Annual report of the Punjab Veterinary College and of the Civil Veterinary Department, Punjab - 1894-1908
Year: 1894
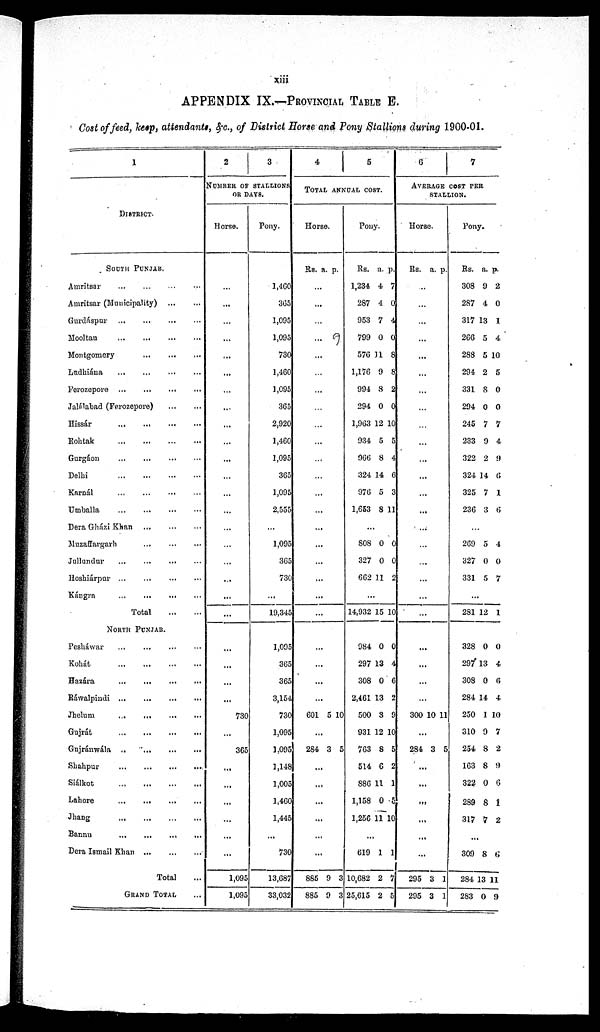
xiii
APPENDIX IX.—PROVINCIAL TABLE E.
Cost of feed, keep, attendants, &c., of District Horse and Pony Stallions during 1900-01.
1
DISTRICT.
SOUTH PUNJAB.
Amritsar
...
...
...
...
Amritsar (Municipality)
...
...
Gurdáspur
...
...
...
...
Mooltan
...
...
...
...
Montgomery ... ... ...
Ludhiána
...
...
...
...
Ferozepore ... ... ... ...
Jalálabad (Ferozepore)
...
...
Hissár
...
...
...
...
Rohtak
...
...
...
...
Gurgáon
...
...
...
...
Delhi
...
...
...
...
Karnál
...
...
...
...
Umballa
...
...
...
...
Dera Gházi Khan ... ... ...
Muzaffargarh
...
...
...
Jallandur
...
...
...
...
Hoshiárpur ... ... ... ...
Kángra
...
...
...
...
Total
...
...
NORTH PUNJAB.
Pesháwar ... ... ... ...
Kohát
...
...
...
...
Hazára
...
...
...
...
Ráwalpindi
...
...
...
...
Jhelum
...
...
...
...
Gujrát
...
...
...
...
Gujránwála
..
...
...
...
Shahpur
...
...
...
...
Siálkot,
...
...
...
...
Lahore
... ... ... ...
Jhang ... ... ... ...
Bannu
...
...
...
...
Dera Ismail Khan
...
...
...
Total ...
GRAND TOTAL ...
2
3
NUMBER OF STALLIONS
OR DAYS.
Horse.
...
...
...
...
...
...
...
...
...
...
...
...
...
...
...
...
...
...
...
...
...
...
...
...
...
730
...
365
...
...
...
...
...
...
1,095
1,095
Pony.
1,460
305
1,095
1,095
730
1,460
1,095
365
2,920
1,460
1,095
365
1,095
2,555
...
1,095
365
730
19,345
1,095
365
365
3,154
730
1,095
1.095
1,148
1,005
1,460
1,445
...
730
13,687
33,032
4
5
TOTAL ANNUAL COST.
Horse.
Rs. a. p.
...
...
...
...
...
...
...
...
...
...
...
...
...
...
...
...
...
...
...
...
...
...
...
601 5 10
...
284 3 5
...
...
...
...
...
...
885
885
9
9
3
3
Pony.
Rs.
1,234
287
953
799
576
1,176
994
294
1,963
934
966
324
976
1,653
...
808
327
662
...
14,932
984
297
308
2,461
500
931
763
514
S86
1,158
1,256
...
619
10,682
25,615
a.
4
4
7
0
11
9
8
0
12
5
8
14
5
8
0
0
11
15
0
13
0
13
3
12
8
6
11
0
11
1
2
2
p.
7
0
4
0
8
8
2
0
10
5
4
6
3
11
0
0
2
10
0
4
C
2
9
10
5
2
1
5
10
1
7
5
6
7
AVERAGE COST PER
STALLION.
Horse.
Rs. a. p.
...
...
...
...
...
...
...
...
...
...
...
...
...
...
...
...
...
...
...
...
...
...
...
...
300 10 11
...
284 3 5
...
...
...
...
...
...
295
295
3
3
1
1
Pony.
Rs.
308
287
317
266
288
294
331
294
245
233
322
324
325
236
a.
9
4
13
5
5
2
8
0
7
9
2
14
7
3
p.
2
0
1
4
10
5
0
0
7
4
9
6
1
6
...
269
327
331
5
0
5
4
0
7
...
281
328
297
308
284
250
310
254
163
322
239
317
12
0
13
0
14
1
9
8
8
0
8
7
1
0
4
6
4
10
7
2
9
6
1
2
...
309
284
283
8
13
0
6
11
9